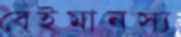
বেইমানস্য